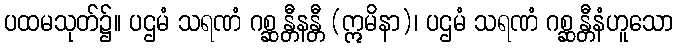
ပထမသုတ်၌။ ပဌမံ သရဏံ ဂစ္ဆန္တီနန္တီ (ဣမိနာ)၊ ပဌမံ သရဏံ ဂစ္ဆန္တီနံဟူသော